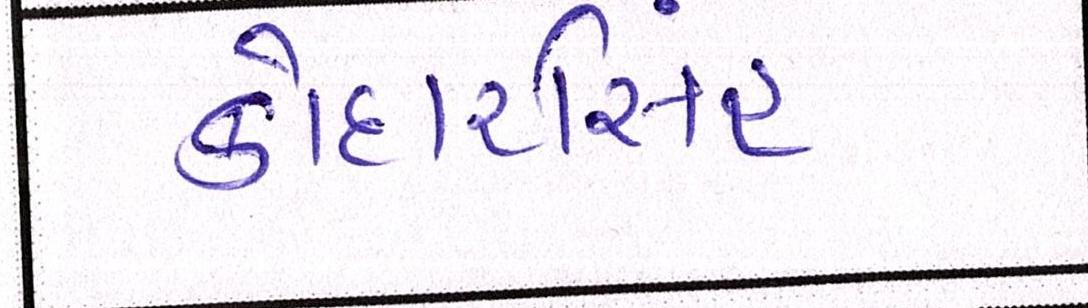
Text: કોદારસિંહ